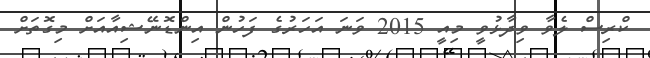
ކްރިސް ލެވާ ވިދާޅުވީ މިއީ 2015 ވަނަ އަހަރުގެ ފަހުން އިންޑޮނޭޝިއާއަށް މިގޮތަށް